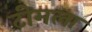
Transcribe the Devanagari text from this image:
टीमला